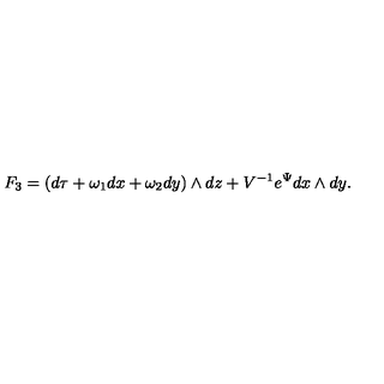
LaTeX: F _ { 3 } = ( d \tau + { \omega } _ { 1 } d x + { \omega } _ { 2 } d y ) \wedge d z + V ^ { - 1 } e ^ { \Psi } d x \wedge d y .